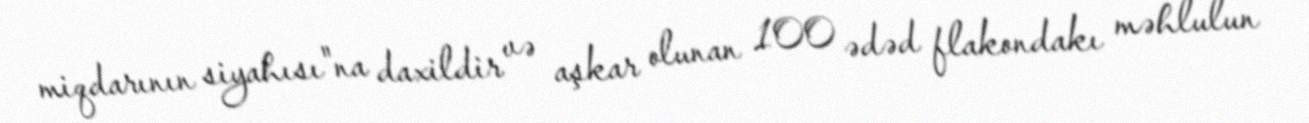
miqdarının siyahısı"na daxildir və aşkar olunan 100 ədəd flakondakı məhlulun